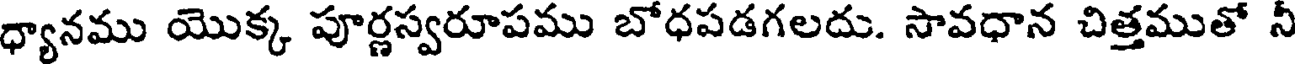
ధ్యానము యొక్క పూర్ణస్వరూపము బోధపడగలదు. సావధాన చిత్తముతో నీ